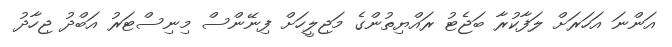
އަންނަ އަހަރަށް ލަފާކުރާ ބަޖެޓު ރައްޔިތުންގެ މަޖިލީހަށް ފިނޭންސް މިނިސްޓަރު އަބްދު ޖިހާދު